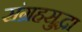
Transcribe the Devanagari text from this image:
संग्रहसुद्धा